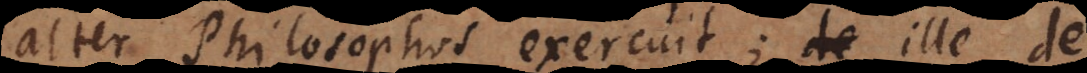
alter Philosophos exercuit; ille de